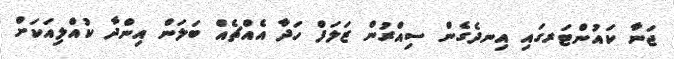
ޖަނާ ކައުންޓަރގައި އިނދެގެން ސިއްރުން ޒަލަފް ހަދާ އެއްޗެއް ބަލަން އިންދާ ކުއްލިއަކަށް